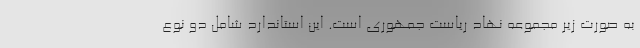
به صورت زیر مجموعه نهاد ریاست جمهوری است. این استاندارد شامل دو نوع